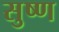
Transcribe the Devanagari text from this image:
सुष्ण